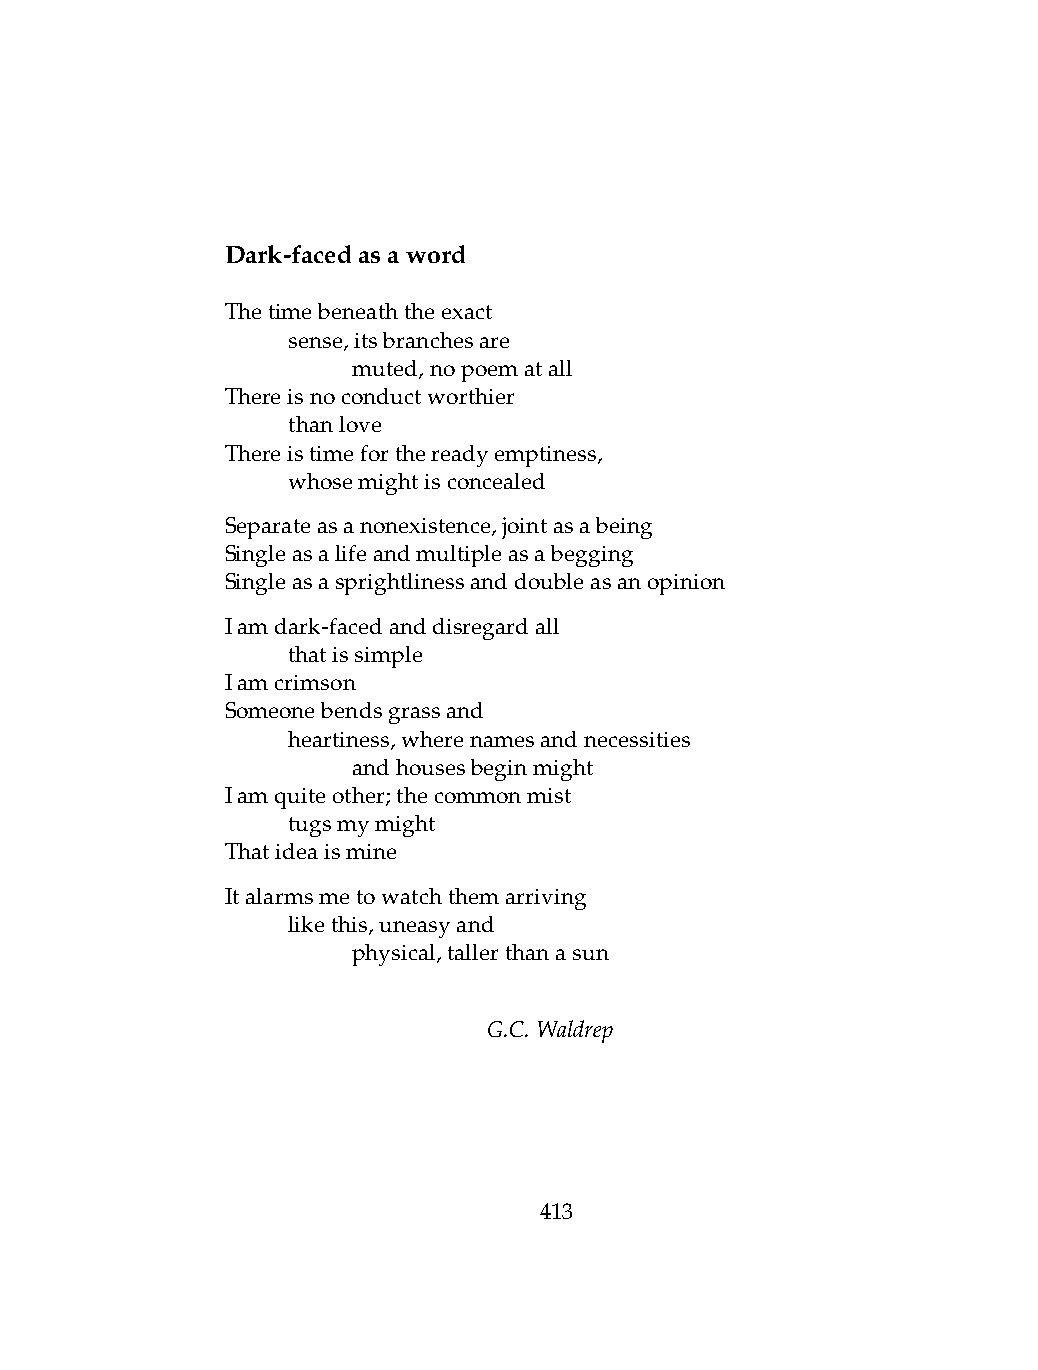
Dark-facedasaword
 Thetimebeneaththeexact
 .   sense,itsbranchesare
 .   .   muted,nopoematall
 Thereisnoconductworthier
 .   thanlove
 Thereistimeforthereadyemptiness,
 .   whosemightisconcealed
 Separateasanonexistence,jointasabeing
 Singleasalifeandmultipleasabegging
 Singleasasprightlinessanddoubleasanopinion
 Iamdark-facedanddisregardall
 .   thatissimple
 Iamcrimson
 Someonebendsgrassand
 .   heartiness,wherenamesandnecessities
 .   .   andhousesbeginmight
 Iamquiteother;thecommonmist
 .   tugsmymight
 Thatideaismine
 Italarmsmetowatchthemarriving
 .   likethis,uneasyand
 .   .   physical,tallerthanasun
 G.C.Waldrep
 413